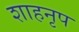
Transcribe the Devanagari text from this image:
शाहनृप